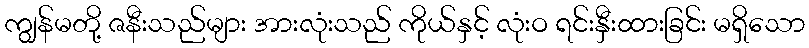
ကျွန်မတို့ ဇနီးသည်များ အားလုံးသည် ကိုယ်နှင့် လုံးဝ ရင်းနှီးထားခြင်း မရှိသော